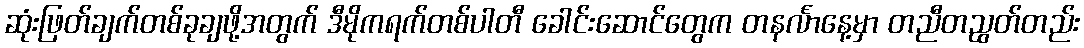
ဆုံးဖြတ်ချက်တစ်ခုချဖို့အတွက် ဒီမိုကရက်တစ်ပါတီ ခေါင်းဆောင်တွေက တနင်္လာနေ့မှာ တညီတညွတ်တည်း